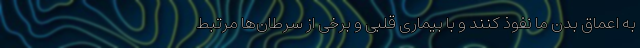
به اعماق بدن ما نفوذ کنند و با بیماری قلبی و برخی از سرطان‌ها مرتبط